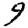
Digit: 9